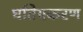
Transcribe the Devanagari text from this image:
घतियकरण